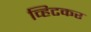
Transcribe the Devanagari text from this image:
व्हिटकर